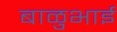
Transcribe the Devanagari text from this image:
बाळुभाई